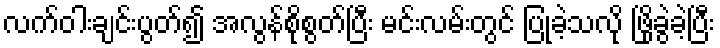
လက်ဝါးချင်းပွတ်၍ အလွန်စိုစွတ်ပြီး မင်းလမ်းတွင် ပြုခဲ့သလို ဖြိုခွဲခဲ့ပြီး